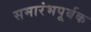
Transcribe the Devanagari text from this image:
समारंभपूर्बक